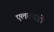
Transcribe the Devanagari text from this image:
एलवारडो